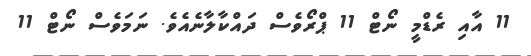
11 އާއި ރެޑްމީ ނޯޓް 11 ޕްރޯވެސް ދައްކާލާނެއެވެ. ނަމަވެސް ނޯޓް 11